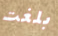
بلغت